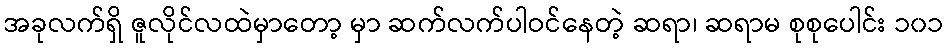
အခုလက်ရှိ ဇူလိုင်လထဲမှာတော့ မှာ ဆက်လက်ပါဝင်နေတဲ့ ဆရာ၊ ဆရာမ စုစုပေါင်း ၁၀၁